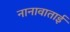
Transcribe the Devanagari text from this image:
नानावाताई